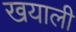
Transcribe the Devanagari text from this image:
खयाली